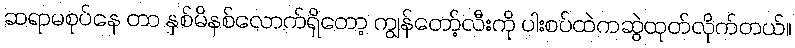
ဆရာမစုပ်နေ တာ နှစ်မိနစ်လောက်ရှိတော့ ကျွန်တော့်လီးကို ပါးစပ်ထဲကဆွဲထုတ်လိုက်တယ်။